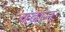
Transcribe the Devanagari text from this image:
चढान